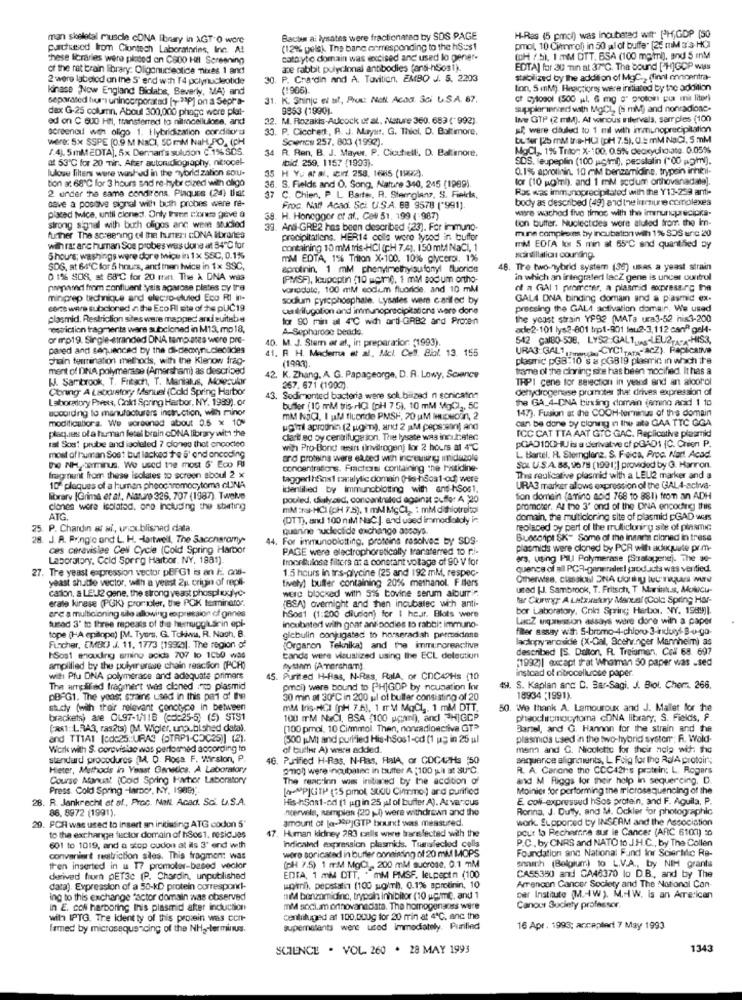
man skeletal muscle cDNA library in AGT 0 wore
Bacter a: lysates were fractionaten by SDS PAGE
H-Ras (5 pmcl) was Inoubered witt [H,GDP (50
purchased from Ciontech Laboratories, Inc. A!
(12% pele). The banc corresponding to the hSus1
pmot, 10 Cimmol) in 50 pal of buffe. [26 miM a/S- HC)
These licraries were plated on C800 Hil Screening
catayto domain was excised and used lo gener-
(OH / 5), 1 MM DTT. BSA (100 mg/ml), and $ mM
of the rat brain library: Oligonucleotide nies 1 and
ace rabbit polyclonal antibodies fans-hSos1).
EDTA] for 30 min at 37"℃. The bound ['H]GDP wiss
2 were labelod an ine 5' end with 14 pclynucleotide
30. P. Chardin and A. Tavition, EMBO J. S. 2203
stabilized by the addition of MgC ., (finni enperitra-
kinase "Now England Biclabe, Beverly, MA) and
(1906).
tion, 5 mnM). Heacciones were initiated by the addition
separated hur's unincorporated (+ 23P] on a Sepra-
. K. Shinjc el at, Prue. Natl. Acad. Sci U.S.A. 87.
cf Cytosol (500 jul. 6 mg " protoin pu mi liter)
dax G-25 column. About 300,000 phage were plat-
9853 (1990).
saapplerienced with MgCl, [s ml) and nonradioac-
ed on C 600 Hill, transferred to nitrocellulose, and
M. Rozakis-Adcock if al, Nature 360. 683 (" 992).
Ine GTP (2 mM). At vanous milervals, sarrpies (100
screenall wen oligo 1. tlybridization cordituru
. P. Cicchert, P. J. M.rysr, G. Thiel, D. Baltimore,
soft were dauled to 1 mil with inmunoprecipitation
Were: 5X SSPE (0.9 M NaCI, 50 mM NaH,PO, (PH
ScenICS 257. 803 (1992).
bufer (25 mM tra-HUI (pM 7.5), U. mM NaCl, 5 mM
/.4). 5mMEDTA), 5x Demar's suluion C:1% SOS.
34
MoCl ,, 1% Trion X-100. 0.5% deoxyuliciate. 0.05%
at 53'℃ for 20 Tir. Aber autondiography, nitrocel
R. Ren, B. J. Mayer. P. Cicutelli, D. Baltimore,
Ibid. 259. 1157 (1993).
SDS. eupeplin (100 jagtml), pesstalin ("00 g/ml).
luloue filters were washed in the nybrid zahon sou-
35 H Yu Af al, if. 258, 1685 (1992).
0.1% aprotinin. 10 mM benzemidine, trypsin inhibi-
tion a: 68'℃ for 3 hours and re-hybr cized with oligo
for (10 womnl), and 1 mM scdum orthovanadate].
2 under the same condirens. Plaques (24) Uit
. S. Fields and O. Song, Alature 340, 245 (1989).
Ras was immunoprecipitated with the Y13-239 anti-
save a postive signal with both probes were re-
37 C. Chien, P. L. Barter, R. Sternglanz, S. Fields,
body as described (49) and the inmune complexes
Froc. Nail Acad. Sci. U.S.A. 68 9578 (*991).
wwe wached five times with the imerunuprecipks-
plated twice, until ciones. Only Praen Ekes give a
38. H. Honegger of af ., Col 51, 199 ( 987)
tion butter. Nucleotides were aluted from the Im-
strong signal with buch oligos anc were studied
39. And-GRE2 has been described (23). For immuno-
mine compirons by incubation will 1% SOS anic 20
further The screening ol the hutEri ONA libraries
precipitations. HER14 colls were lysod in buffer
with ra arc human Sos probes was done at 34℃ for
containing 10 mM tris-HCI (pH 7.4). 150 ml NaCl, 1
mM EDIA ko 5 min at 65"℃ and quantihed By
5hours; washings were dore twice in 1x 58C, 0.1%
mM EDTA, 1% Triton X-100. 10% glycerol. 1%
scan gillaticas counting.
SDG, at 64'℃ for 5 hours, and then twice in $x $9C,
aprotinin, 1 mM phenylmethylaufonyl fluoride
48. Tre two-hybrid system (36) usas a yeast strain
0 1% 808, at 68'℃ for 20 men. The & DNA was
(PMSF), Icupoptin (10 wctmil, 1 mM sodium ortho-
in which an integrated lacZ gene is uncer ountrul
nwpassed from confluent yais agarose plates by tra
vanadate, 100 mM sodium fluoride, and 10 mM
of a GAL 1 prometer, a plasmid expressing the
minprep technique and electro-stuled Eco RI In-
souum pyrophosphale. Lysates were cariled by
GALA DNA binding domain and a plasmid ex-
secs were subcloned a the Eco Ri site of he plC19
canlilugolion and immunoprecipitations were done
preceing the GAL4 activation domain, We used
plasmid. Restriction stes were mapped and euitube
for 90 min al 4℃ wich arti-GRB2 and Procen
the yoast strain YP92 (MATa ura3-52 his3-200
restriction fragmenta ware subcloned in M13, mp 18,
A-Sepharode beads.
ade2-101 lys2-801 trp1-901 leu ?- 3,112 can® gel4-
or mp19. Single-stranded DNA tamplates were pre-
40. M. J. Stem et al ., in preparatior: (1993).
542 CalBO-538, LYS2:GAL1Lug-LEU2-A-A-HIS3,
pared and sequenced by the di-deoxynucleotides
41. R H. Madera et al. Mcl. Celf. Biol. 13. 155
URA3 GAL11
-CYC1 TATA- aCZ). Raplicativo
chain termination methods, with the Klenow frag-
(1993).
plasmic pGB:10's a OGB19 plaerric in which the
ment of DNA polymerase (Amersham) as described
tramme of the coring she has been nocified. It has a
WJ. Sambrook, T. Fritach, T. Manlatus, Molecular
2. K. Zhang, A. G. Papageorge, D. A. Lowy, Science
TRPI cene for selection in yeand and an aloorol
Coring A Latoystory Manuel (Cold Spring Harbor
267, 671 (19007)
dehydrogenase prumoter that drives expression of
Laboratory Preets, Cold Spring Harbor. NY. 1989). or
43. Sodimonted bacteria were soli.bilized n sonication
the GA_4-DNA binding domain iamino acid 1 10
according to manufacturers instruction, with minor
buffer (10 mM tris- - ICI (pH 7 5). 10 mM MgCl2, 5C
147). Fusion at the COOH-terminus of this domain
modificabora. We worounad about 0.5 x 10"
mM NOCI, I uM fluoride PMSH, 20 M IHIENOUn, 2
can be done by cloning in the aite GAA TTC GGA
ugiTil aprodinin (2 ugen), and 2 M peps-son) and
ICC CAT TTA AAT GTC GAC. Replicative plasmid
tal Sce! prube and isoleled ? ciones that onoodico
plaques of a human fesal brain cDNA library with the
clare ed by centrifugeion. The lysate was incuicater
most of human Sost but lacked te s' ond oncoding
with Pro-Bond mesin (invilrogen) for 2 hours at 4℃
pGAD100HU is a derivative cf pGAD1 (C. Chien P.
ord proteins were eated with increasing; imidazole
L. Bartel. H. Sternglanz, S. F.eica, Proc. Nart. Acad.
the NHLDenminus. We used the most 6' Eco RI
concentrations. Fracture containing the histidine-
SOL U.S.A. 88, 9671 (199 1;] provided by G. Harron.
fragment from these isolates to screen aboul 2 x
taggedhfins1 manalytic domain (Ha-hBos1-odf; were
Thes reuficative plasmid with a LEL2 marker and a
10ª plaques of a human pheochromocy toma cLINA
identilied by Immunoblotting with ans-hSos1.
URA3 marker allows expression of the GAL4-activa-
library [Grima et al ., Nature 326, 707 (1987). Twelve
pooled, dulyand, concentrated against auffor A 220
fon domain (amino acid 768 to 881) from an ADH
clones were isolated, one Including the stating
mM :ns-HCI (OH 7.35), 1 mM MgCL : mM dithiotraitol
promoter. At the 3' ond of the DNIA encoding thuis
ATG
(DTT), and 100 niM NaC:]. and used immodialdly in
domain, the multicloning site of plasmid cGAD was
25. P. Chardin at ai, unpublished data.
quanine nucleotide exchange assays.
replaced by pert of the trullicloning sile of plasmic:
28. J. A. Pringic and L. H. Hartwell, The Saccharomy-
44. For immunoblotting, proteina resolver by SDS-
Busscript SK- Some of the insari cioned in trese
ces cerevislee Cell Cycle (Cold Spring Harbor
PAGE were electrophoretically transferred to ri-
plasmids were cloned by PCR with adequate pr.m-
Laboratory, Cold Sprrg Harbor. NY, 1881).
Iroordulose filters of a constant voltage of 9D V for
ers, utting Pall Polymerase (Salaenej. The se-
27. Tre yeast expression vector pBFGt is an F. ons-
1.5 hours in trs-plycine (25 and 192 mM, respec-
quence of all PCR-generalis! products was ventied.
yeast shuttle vector, with a yeast 2u crigin of repli-
tively) buffer containing 20% methanol. Filers
cation, a LELI2 gene, the strong yeast phosph tuyo-
were blocked with 5% bovine serum alburri".
usad [J. Sambrook, T. Fritsch, T Marintuss, Molicu-
erale kinese (PGK) promoler, the POK terminator.
far Curryy A Lutarakary Manual (Cold Spring Har-
ere a multicioning silo allowing expression of gaines
(BSA) overnight and ten incubalec with anti-
bor Laboratory, Cold Spring Harbor. NY. 1989)1.
hSos1 (1:200 diunion) for I hear. Blots were
LucZ uniqairssion assays ware dore with a paper
tusad 3' to three repeats of the herruggiusein epl-
incubated with goar antibodies to rabbi: immuno-
filer assay with S-bromo-4-chipro- 3-indunyt- 8-0-ga-
tope (HA epilope) [M. Tyurs. G. Tokiwu, R. Nach. B.
Fincher, EMBO J. 11, 1773 (1992)). The region of
globulin conjugated to horseradish premadane
laciony anosicie (X-Dal, Sceh.nger Mannheim) as
{Organon Teknika) and the immuncreactive
described [S. Dalton, R. Treismen, Coll 68. 697
HSost enoudinig aming acids 707 lo 1050 was
tands were visualized using the ECL delection
(1992)| excapt that Whatman 50 paper was .sed
amplilied by the polytransse chain reaction (PCR)
system (Ammersham).
instead of nitrocelluose paper.
will Pfu DNA polymerace and adequate primers
45. Purited H-Hias, N-Ras, RalA, or COCAPHs (10
The arredifind tragmert was cloned :"to plasmid
pmol) were bound to [H]GOP by nousation kr
1H. S. Kaplan anc D. Bar-Sagi. J. Biol. Chem. 266.
pBFG1. The yoos; stains used in this part of the
30 min at 30 ℃ in 200 ul of buller consisting of 20
18934 :1991).
stucly (with their relevant conotype in between
mM Ing-NCI fnH 7.A), 1 mM MaCl ,. 1 mM DTT.
50. We thank A. Lemouroux and J. Mallet for the
brackets) are OL97-1/11B (cdc25-5) (5) STS1
100 IM NoCI, BSA (100 ucamml), and [H]GCP
phaochromocytoma cONA library. S. Fields, P.
(ast: LRAS, ras2ts) (M. Wigler, unpublished data).
(100 pmol, 10 Cirmmol. Then, nonradionctiva GT>
Barsel, and G. Hannon for the strain and the
and TTIAI (cd:25 :: URA3 (OTRP1-COC25)] (2).
(500 g.MI and purified His-hSos1-od (1 us in 25 ul
plasmicis used in the two-hybrid system: R. Wold-
Work with S. corovislao was performed according to
of buster A) were added.
mann and C. Nicolette for their nola wit: the
standard procedures (M, D. Rosa F. Wirsion, P.
46. Purified H-Ras. N-Ras, RalA, or COC42Hs :50
sequence alignments, L. Foig for the RalA protoir;
Hieter, Methods in Yeast Genetics. A Laboratory
gog were incubainc in buffer A (100 g. il at SU"℃.
R. A. Canone the CCC421:s protein: L. Rogers
Course Manual (Cold Spring Harbor Laboratory
The reaction was initiated by the acdition of
and M Riggs for their help in sequercing. D.
Press. Cold Spring -larpor, NY, 1989) ..
[+PPIGT ( pmot, Sou Cimmo) and purified
Moinics for performing the microsequencing of the
28. R. Jankrecht et al, Proc. Nall. Acad. Sc. U.S.A.
His-hSos1-ed (1 ug in 25 yıl of buffer A). Ar varcus
E coli expressud hSos protein, and F. Aguila, P.
86, 8972 (1991).
neerweils, samples (20 -0) were withdrawn and the
Ronna, J. Duffy, and M. Ockler for photographic
amount of la-34pjGTP bour! was measured.
work. Supported by INSERM and the Association
29. FOR was used to insert an initiating ATG codon 5'
47. Human kidney 283 cells were brarefected with the
pour la Recherne sur ie Cancer (ARC 61001) 30
to the exchange fuckor domain of hSos1. resic.Jos
indicaind expression plasmids. Tuansleclod colls
P.C ., by CNRS and NATO to J.H.C ., by The Collen
601 to 1019, and a stop cudon al ils 3' end with
woro soricated in butter coneining of 20 mlM MOPS
Foundation anc National Fund Inr Scientific Re-
convenient realtriction siles. This fragment was
then inserted in a 17 promoter-besed vector
(PH 7.5) 1 mM MgCl- 200 ml sucrose. 0.1 mM
snaith (Belgium) to L.V.A ., by NIH grants
derived from pET3c (P. Chardin, unpublished
EDTA, 1 MM DTT, . mM PMSF. leLpeptn (100
CA55350 and CA46370 lo D.B ., and by The
data). Expression of a 50-KD protein ourrespond-
woml). pepstatin (100 soll. 0.1% aprotinin, 10
Arrancan Cancer Society and The National Con-
ing to this exchange factor domain was observed
mil benzomidinc, trypain inhibitor (10 upmc, and 1
Der Institute (M .- W). M .- W. Is an Are:ican
in E. col harboring Ihis plasmid after induction
mM soci.am onnovanadiata. The homogengnss were
Canour Society professor.
with IPTG. Tre Ident ty of this promin was con-
cenliluged at 100,000g for 20 min at 4ª℃, and the
famed by microsequencing of the NH2-terminus.
supernetants were used immediately, Purified
16 Apr. 1993; accapleri 7 May 1993
SCIENCE . VOL 260 . 28 MAY 1993
1343